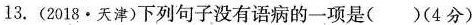
13.(2018·天津)下列句子没有语病的一项是()(4分)。